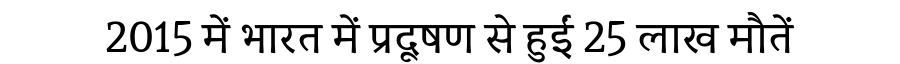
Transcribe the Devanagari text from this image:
2015 में भारत में प्रदूषण से हुईं 25 लाख मौतें